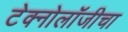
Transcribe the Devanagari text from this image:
टेक्नोलॉजीचा